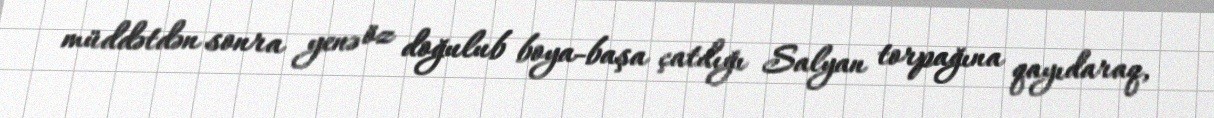
müddətdən sonra yenə öz doğulub boya-başa çatdığı Salyan torpağına qayıdaraq,